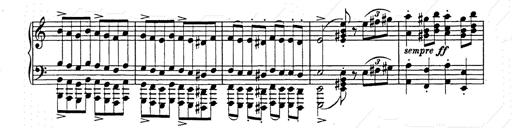
Title: Hungarian Rhapsody No.15
Composer: Franz Liszt
Key: A minor